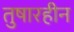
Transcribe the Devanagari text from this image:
तुषारहीन